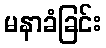
မနာခံခြင်း